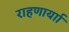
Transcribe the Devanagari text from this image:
राहणार्याा